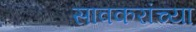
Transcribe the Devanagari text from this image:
सावकरांच्या